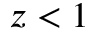
z < 1